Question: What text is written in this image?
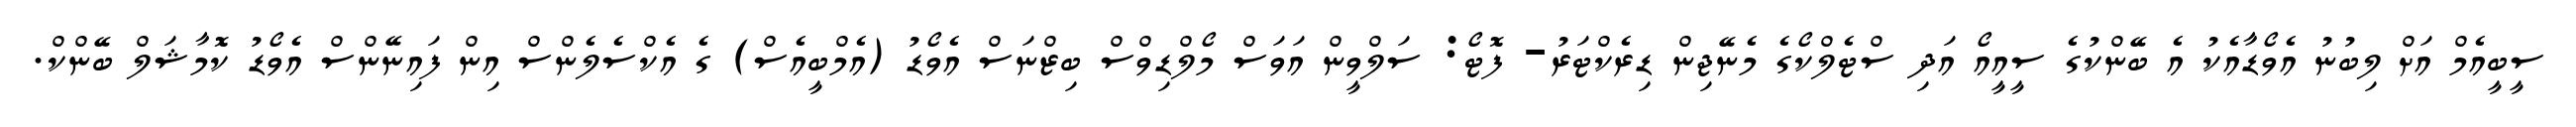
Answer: ސީބީއެމް އަށް ލިބުނު އެވޯޑާއެކު އެ ބޭންކުގެ ސީއީއޯ އަދި ސްޓެލްކޯގެ މެނޭޖިން ޑިރެކްޓަރު- ފޮޓޯ: ސަލްވީން އަވަސް މޯލްޑިވްސް ބިޒްނަސް އެވޯޑު (އެމްބީއެސް) ގެ އެކްސެލެންސް އިން ފައިނޭންސް އެވޯޑު ކޮމާޝަލް ބޭންކް.